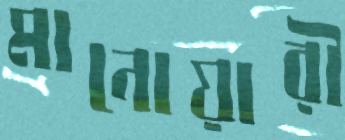
মানোয়ারী